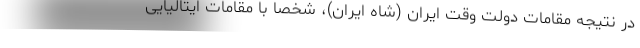
در نتیجه مقامات دولت وقت ایران (شاه ایران)، شخصا با مقامات ایتالیایی